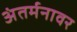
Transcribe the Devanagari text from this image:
अंतर्मनावर